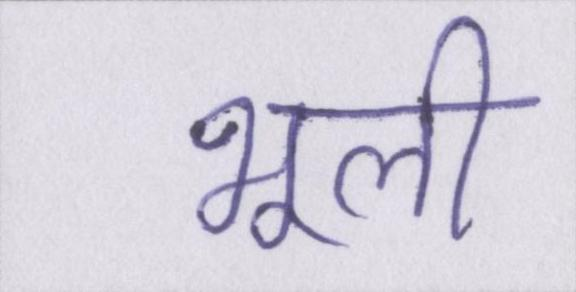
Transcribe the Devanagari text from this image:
भूली